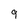
Character: 9